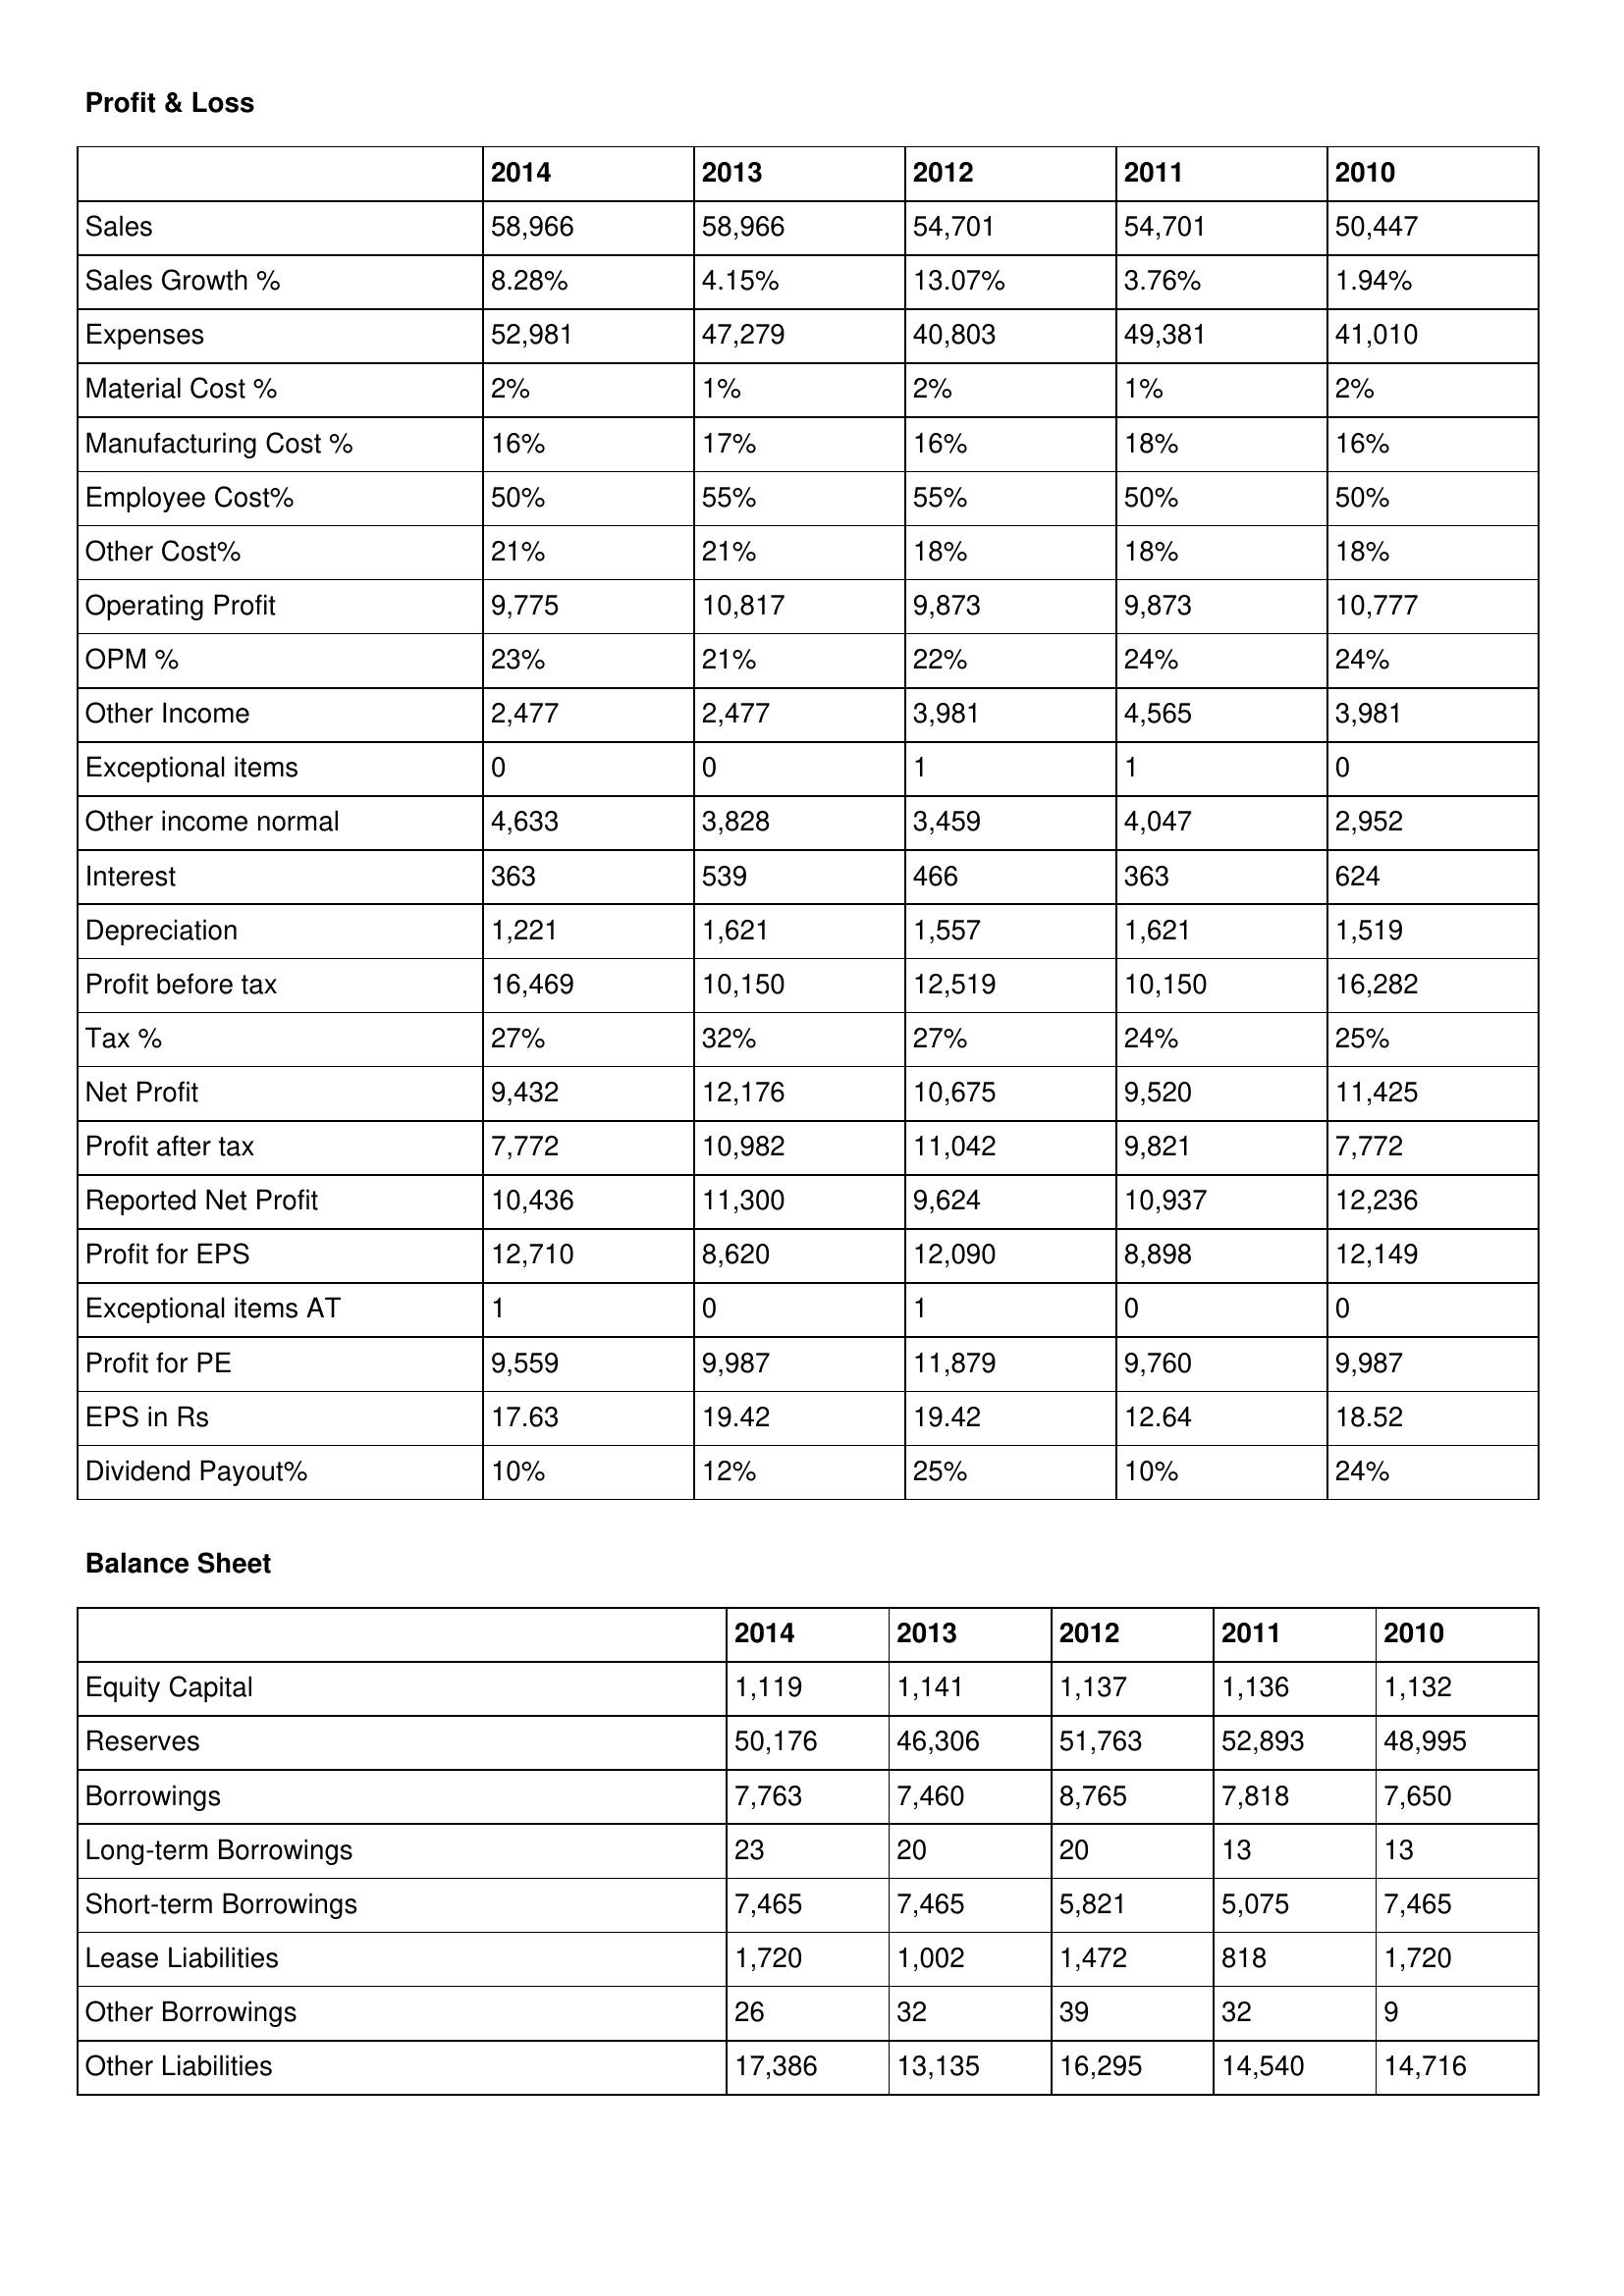
gt_parse: 2014: Profit & Loss: Sales: 58,966
Sales Growth %: 8.28%
Expenses: 52,981
Material Cost %: 2%
Manufacturing Cost %: 16%
Employee Cost%: 50%
Other Cost%: 21%
Operating Profit: 9,775
OPM %: 23%
Other Income: 2,477
Exceptional items: 0
Other income normal: 4,633
Interest: 363
Depreciation: 1,221
Profit before tax: 16,469
Tax %: 27%
Net Profit: 9,432
Profit after tax: 7,772
Reported Net Profit: 10,436
Profit for EPS: 12,710
Exceptional items AT: 1
Profit for PE: 9,559
EPS in Rs: 17.63
Dividend Payout%: 10%
Balance Sheet: Equity Capital: 1,119
Reserves: 50,176
Borrowings: 7,763
Long-term Borrowings: 23
Short-term Borrowings: 7,465
Lease Liabilities: 1,720
Other Borrowings: 26
Other Liabilities: 17,386
2013: Profit & Loss: Sales: 58,966
Sales Growth %: 4.15%
Expenses: 47,279
Material Cost %: 1%
Manufacturing Cost %: 17%
Employee Cost%: 55%
Other Cost%: 21%
Operating Profit: 10,817
OPM %: 21%
Other Income: 2,477
Exceptional items: 0
Other income normal: 3,828
Interest: 539
Depreciation: 1,621
Profit before tax: 10,150
Tax %: 32%
Net Profit: 12,176
Profit after tax: 10,982
Reported Net Profit: 11,300
Profit for EPS: 8,620
Exceptional items AT: 0
Profit for PE: 9,987
EPS in Rs: 19.42
Dividend Payout%: 12%
Balance Sheet: Equity Capital: 1,141
Reserves: 46,306
Borrowings: 7,460
Long-term Borrowings: 20
Short-term Borrowings: 7,465
Lease Liabilities: 1,002
Other Borrowings: 32
Other Liabilities: 13,135
2012: Profit & Loss: Sales: 54,701
Sales Growth %: 13.07%
Expenses: 40,803
Material Cost %: 2%
Manufacturing Cost %: 16%
Employee Cost%: 55%
Other Cost%: 18%
Operating Profit: 9,873
OPM %: 22%
Other Income: 3,981
Exceptional items: 1
Other income normal: 3,459
Interest: 466
Depreciation: 1,557
Profit before tax: 12,519
Tax %: 27%
Net Profit: 10,675
Profit after tax: 11,042
Reported Net Profit: 9,624
Profit for EPS: 12,090
Exceptional items AT: 1
Profit for PE: 11,879
EPS in Rs: 19.42
Dividend Payout%: 25%
Balance Sheet: Equity Capital: 1,137
Reserves: 51,763
Borrowings: 8,765
Long-term Borrowings: 20
Short-term Borrowings: 5,821
Lease Liabilities: 1,472
Other Borrowings: 39
Other Liabilities: 16,295
2011: Profit & Loss: Sales: 54,701
Sales Growth %: 3.76%
Expenses: 49,381
Material Cost %: 1%
Manufacturing Cost %: 18%
Employee Cost%: 50%
Other Cost%: 18%
Operating Profit: 9,873
OPM %: 24%
Other Income: 4,565
Exceptional items: 1
Other income normal: 4,047
Interest: 363
Depreciation: 1,621
Profit before tax: 10,150
Tax %: 24%
Net Profit: 9,520
Profit after tax: 9,821
Reported Net Profit: 10,937
Profit for EPS: 8,898
Exceptional items AT: 0
Profit for PE: 9,760
EPS in Rs: 12.64
Dividend Payout%: 10%
Balance Sheet: Equity Capital: 1,136
Reserves: 52,893
Borrowings: 7,818
Long-term Borrowings: 13
Short-term Borrowings: 5,075
Lease Liabilities: 818
Other Borrowings: 32
Other Liabilities: 14,540
2010: Profit & Loss: Sales: 50,447
Sales Growth %: 1.94%
Expenses: 41,010
Material Cost %: 2%
Manufacturing Cost %: 16%
Employee Cost%: 50%
Other Cost%: 18%
Operating Profit: 10,777
OPM %: 24%
Other Income: 3,981
Exceptional items: 0
Other income normal: 2,952
Interest: 624
Depreciation: 1,519
Profit before tax: 16,282
Tax %: 25%
Net Profit: 11,425
Profit after tax: 7,772
Reported Net Profit: 12,236
Profit for EPS: 12,149
Exceptional items AT: 0
Profit for PE: 9,987
EPS in Rs: 18.52
Dividend Payout%: 24%
Balance Sheet: Equity Capital: 1,132
Reserves: 48,995
Borrowings: 7,650
Long-term Borrowings: 13
Short-term Borrowings: 7,465
Lease Liabilities: 1,720
Other Borrowings: 9
Other Liabilities: 14,716